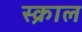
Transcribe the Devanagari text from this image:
स्क्राल